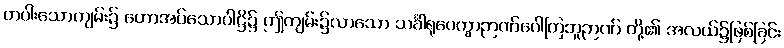
တပါးသောကျမ်း၌ ဟောအပ်သောပါဋ္ဌိ၌ ဤကျမ်း၌လာသော သင်္ခါရုပေက္ခာဉာဏ်ဂေါတြဘူဉာဏ် တို့၏ အလယ်၌ဖြစ်ခြင်း